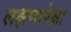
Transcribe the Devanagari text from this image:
लक्षणापेक्षा